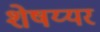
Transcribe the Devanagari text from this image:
शेषय्यर